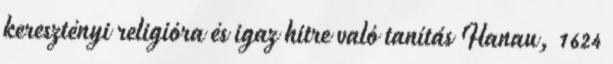
keresztényi religióra és igaz hitre való tanítás Hanau, 1624